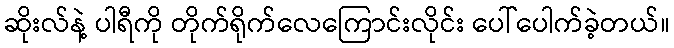
ဆိုးလ်နဲ့ ပါရီကို တိုက်ရိုက်လေကြောင်းလိုင်း ပေါ်ပေါက်ခဲ့တယ်။